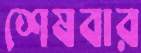
শেষবার